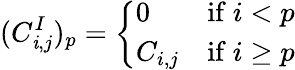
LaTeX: (C_{\mathit{i},j}^{I})_{p}={\left\{ \begin{array}{ll}{0}&{{\mathrm{if~}}i<p}\\ {C_{i,j}}&{{\mathrm{if~}}i\geq p}\end{array}\right.}